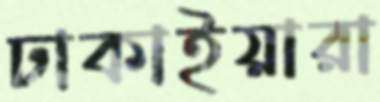
ঢাকাইয়ারা